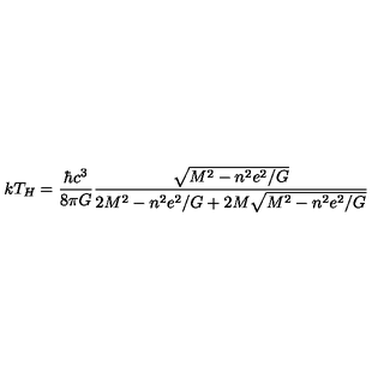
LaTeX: k T _ { H } = \frac { \hbar c ^ { 3 } } { 8 \pi G } \frac { \sqrt { M ^ { 2 } - n ^ { 2 } e ^ { 2 } / G } } { 2 M ^ { 2 } - n ^ { 2 } e ^ { 2 } / G + 2 M \sqrt { M ^ { 2 } - n ^ { 2 } e ^ { 2 } / G } }